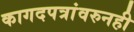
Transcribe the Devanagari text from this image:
कागदपत्रांवरुनही